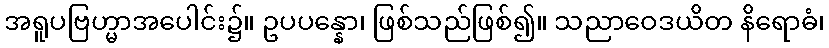
အရူပဗြဟ္မာအပေါင်း၌။ ဥပပန္နော၊ ဖြစ်သည်ဖြစ်၍။ သညာဝေဒယိတ နိရောဓံ၊